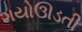
ગયોઊડતી